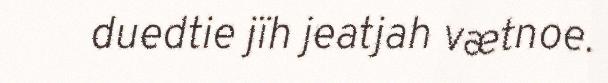
duedtie jïh jeatjah vætnoe.